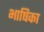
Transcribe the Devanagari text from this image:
भाषिका